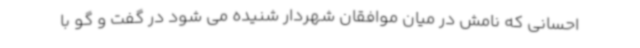
احسانی که نامش در میان موافقان شهردار شنیده می شود در گفت و گو با